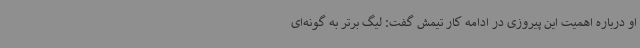
او درباره اهمیت این پیروزی در ادامه کار تیمش گفت: لیگ برتر به گونه‌ای